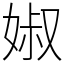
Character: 婌